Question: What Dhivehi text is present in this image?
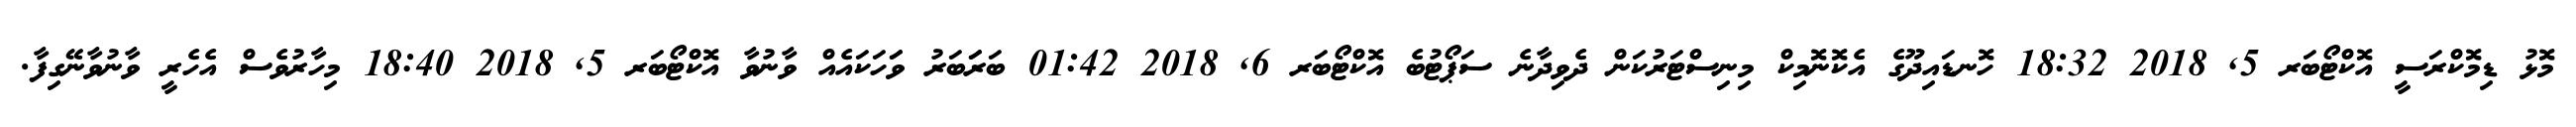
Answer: މޮޅު ޑިމޮކްރަސީ އޮކްޓޯބަރ 5, 2018 18:32 ހޮނޑައިދޫގެ އެކޮނޮމިކް މިނިސްޓަރުކަން ދެވިދާނެ ސަޕޯޓުބެ އޮކްޓޯބަރ 6, 2018 01:42 ބަރަަބަރު ވަަހަކައެއް ވާނުވާ އޮކްޓޯބަރ 5, 2018 18:40 މިހާރުވެސް އެހެރީ ވާނުވާނޭގިފާ.